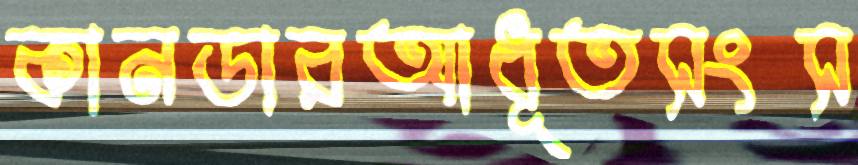
কানডারআধূতসংস